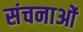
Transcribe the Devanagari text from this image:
संचनाओं